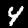
Digit: 4